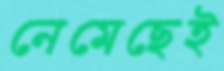
নেমেছেই